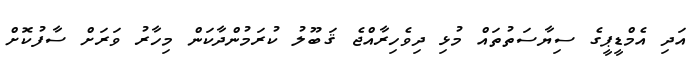
އަދި އެމްޑީޕީގެ ސިޔާސަތުތައް މުޅި ދިވެހިރާއްޖެ ޤަބޫލު ކުރަމުންދާކަން މިހާރު ވަރަށް ސާފުކޮށް